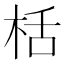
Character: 栝